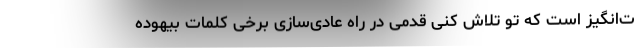
ت‌انگیز است که تو تلاش کنی قدمی در راه عادی‌سازی برخی کلماتِ بیهوده